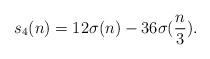
LaTeX: \begin{align*}s_{4}(n) = 12\sigma(n) - 36\sigma(\frac{n}{3}). \end{align*}